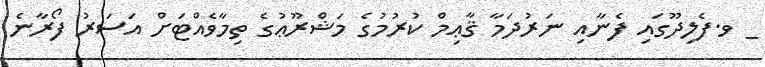
_ ވ.ފެލިދޫގައި ފެނާއި ނަރުދަމާ ޤާޢިމް ކުރުމުގެ މަޝްރޫޢުގެ ތިމާވެއްޓަށް އަސަރު ފޯރާނެ